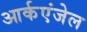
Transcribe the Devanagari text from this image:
आर्कएंजेल